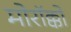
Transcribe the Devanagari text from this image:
मोरॉक्को